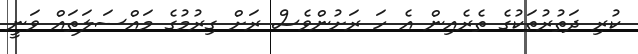
ކުރި ދަތުރުތަކުގެ ތެރެއިން އެ ހަ ރަށުންވެސް ރަށް ގިރުމުގެ މައްސަލަތައް ވަނީ